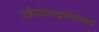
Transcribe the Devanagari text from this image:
अमीनोग्लाइकोसाइड